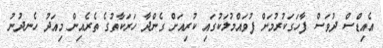
އެއިޑްސް ދުވަސް ފާހަގަކުރުމަށް ފުވައްމުލަކުގައި ކުރިއަށް ގެންދާ ހަރަކާތުގެ ތެރެއިން މިއަދު ހެނދުނު